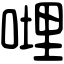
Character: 𠹺